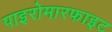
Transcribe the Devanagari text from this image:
पाइरोमारफाइट